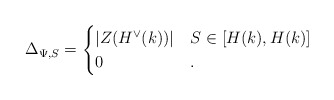
\begin{align*}\Delta_{\Psi, S} = \begin{cases} |Z(H^\vee(k))| & S\in [H(k), H(k)]\\0 & .\end{cases}\end{align*}